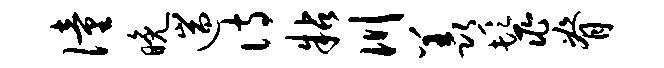
僮晚遄诗粘川羡鬣脊